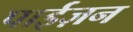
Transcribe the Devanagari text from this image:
पाईज़न